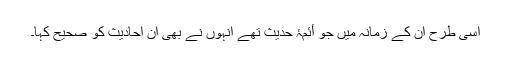
اسی طرح ان کے زمانہ میں جو أئمۂ حدیث تھے انہوں نے بھی ان احادیث کو صحیح کہا۔